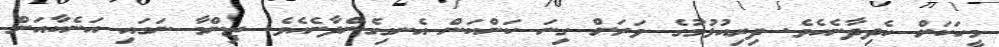
މީހަކަށް ހެދިދާނެއެވެ. ދިރިއުޅުމުގެ ވަރަށް ގިނަ ކަންކަން އެނގިގެންދާނެއެވެ. ޒިންމާ ނަގައި އަނެކާއަށް